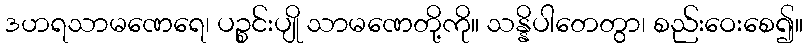
ဒဟရသာမဏေရေ၊ ပဉ္စင်းပျို သာမဏေတို့ကို။ သန္နိပါတေတွာ၊ စည်းဝေးစေ၍။